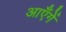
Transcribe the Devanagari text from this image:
आएँगें